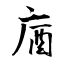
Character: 庮